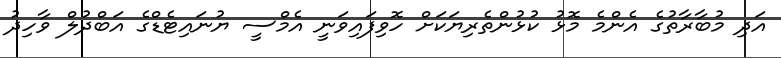
އަދި މުބާރާތުގެ އެންމެ މޮޅު ކުޅުންތެރިޔަކަށް ހޮވިފައިވަނީ އެމްސީ ޔުނައިޓެޑްގެ އަބްދުލް ވާހިދު